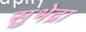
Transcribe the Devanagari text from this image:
सुभेद्रा